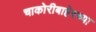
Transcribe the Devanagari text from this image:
चाकोरीबाहेरच्या